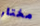
مختار